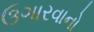
ઉગારવાનો